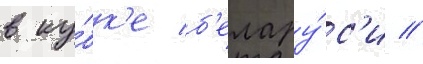
в ку́бк'е б'елару́с'и //